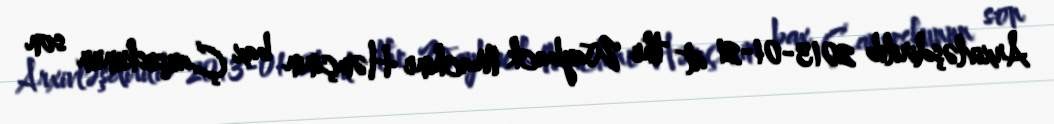
Arxivləşdirilib 2013-01-21 at the Wayback Machine Həmçinin bax Çauşeskunun son